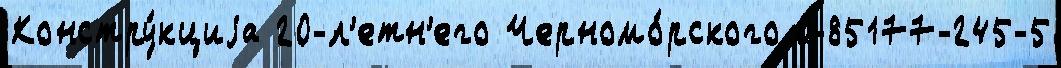
Констру́кциjа 20-л'етн'его Черномо́рского 0-85177-245-5